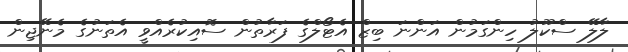
ލާލޭ ސްކޫލު ހިންގަމުން އަންނަ ބިޒް އެޓޯލްގެ ފަރާތުން ސޮއިކުރެއްވީ އެތަނުގެ މެނޭޖިން